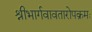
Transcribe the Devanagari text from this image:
श्रीभार्गवावतारोपक्रमः